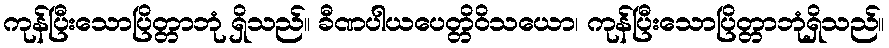
ကုန်ပြီးသောပြိတ္တာဘုံ ရှိသည်။ ခီဏပါယပေတ္တိဝိသယော၊ ကုန်ပြီးသောပြိတ္တာဘုံရှိသည်။